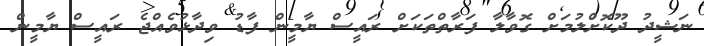
ނަޝީދު ދޫކޮށްލުމަށް ގޮވާލާ ފަރާތްތަކަށް ރައީސް ޔާމީން ފާޑު ވިދާޅުވެއްޖެ ރައީސް ޔާމީން